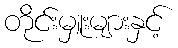
တိုင်းမှူးများနှင့်